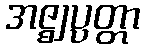
အဇ္ဈပ္ပတ္တာ